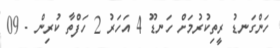
ހަންގަނޑު ރީތިކުރުމަށް ހަނޑޫ 4 އަހަރު 2 ހަފްތާ ކުރިން - 09